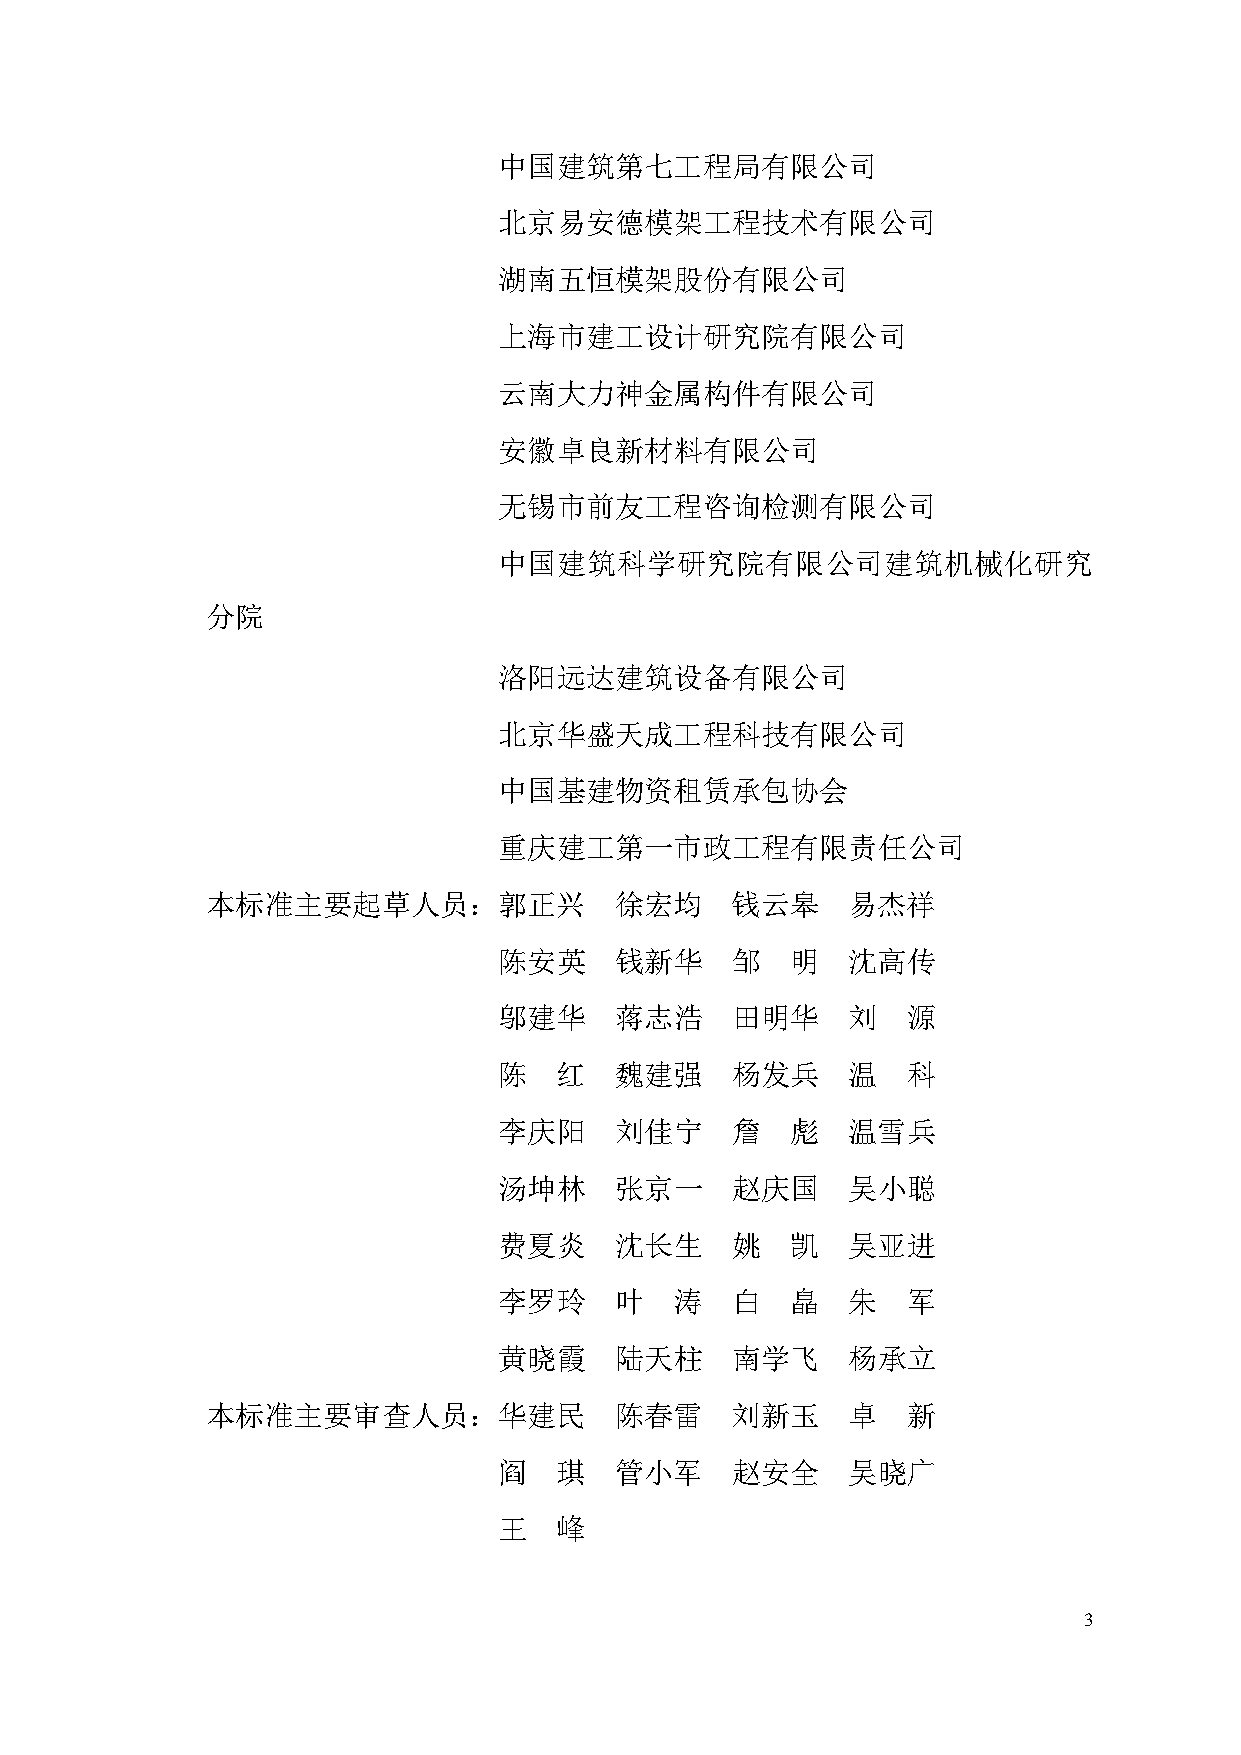
中国建筑第七工程局有限公司
 北京易安德模架工程技术有限公司
 湖南五恒模架股份有限公司
 上海市建工设计研究院有限公司
 云南大力神金属构件有限公司
 安徽卓良新材料有限公司
 无锡市前友工程咨询检测有限公司
 中国建筑科学研究院有限公司建筑机械化研究
 分院
 洛阳远达建筑设备有限公司
 北京华盛天成工程科技有限公司
 中国基建物资租赁承包协会
 重庆建工第一市政工程有限责任公司
 本标准主要起草人员：郭正兴              徐宏均    钱云皋     易杰祥
 陈安英     钱新华    邹   明   沈高传
 邬建华     蒋志浩    田明华     刘   源
 陈   红   魏建强    杨发兵     温   科
 李庆阳     刘佳宁    詹   彪   温雪兵
 汤坤林     张京一    赵庆国     吴小聪
 费夏炎     沈长生    姚   凯   吴亚进
 李罗玲     叶   涛  白   皛   朱   军
 黄晓霞     陆天柱    南学飞     杨承立
 本标准主要审查人员：华建民              陈春雷    刘新玉     卓   新
 阎   琪   管小军    赵安全     吴晓广
 王   峰
 3